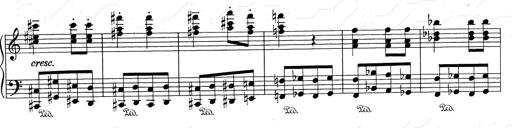
Title: RÃ©miniscences de Don Juan
Composer: Franz Liszt